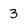
Character: 3